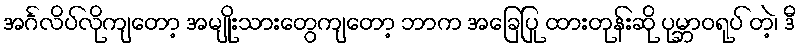
အင်္ဂလိပ်လိုကျတော့ အမျိုးသားတွေကျတော့ ဘာက အခြေပြု ထားတုန်းဆို ပုမ္ဘာဝရုပ် တဲ့၊ ဒီ